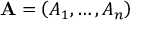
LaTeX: \mathbf { A } = \left( A _ { 1 } , \ldots , A _ { n } \right)